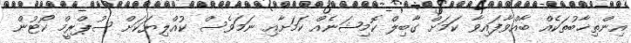
އިންތިޚާބުތަކެއް ބާއްވާފައިވާ ކަމަށް ގާބިލް ކޮމިޝަނެއް ކަމަށާއި ނަމަވެސް ކުއްލިޔަކަށް ސުޕްރީމް ކޯޓުން